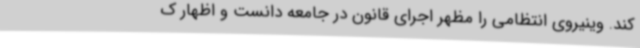
کند. وینیروی انتظامی را مظهر اجرای قانون در جامعه دانست و اظهار ک